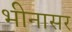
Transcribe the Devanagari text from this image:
भीनासर